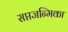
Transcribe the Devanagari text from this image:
सप्तजन्मिका